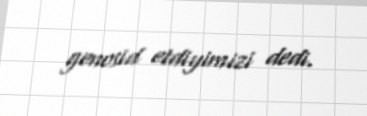
genosid etdiyimizi dedi.